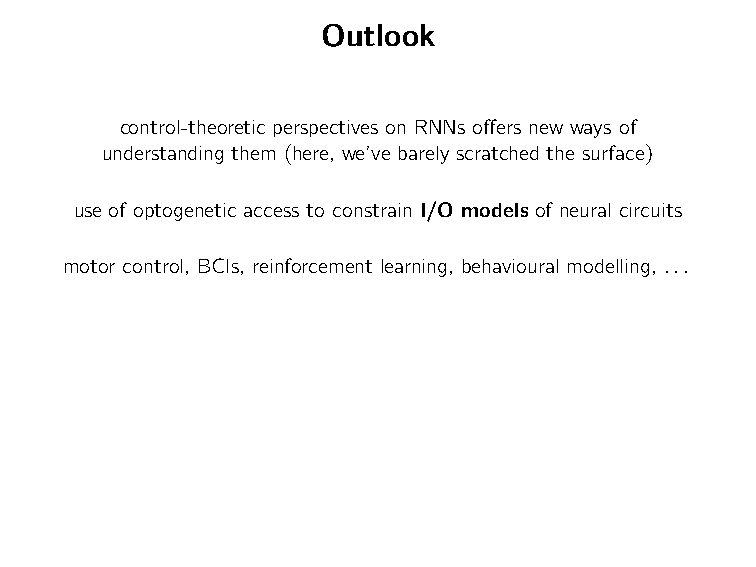
Outlook
 control-theoretic perspectives on RNNs offers new ways of
 understanding them (here, we’ve barely scratched the surface)
 use of optogenetic access to constrain I/O models of neural circuits
 motor control, BCIs, reinforcement learning, behavioural modelling, ...